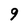
Character: 9